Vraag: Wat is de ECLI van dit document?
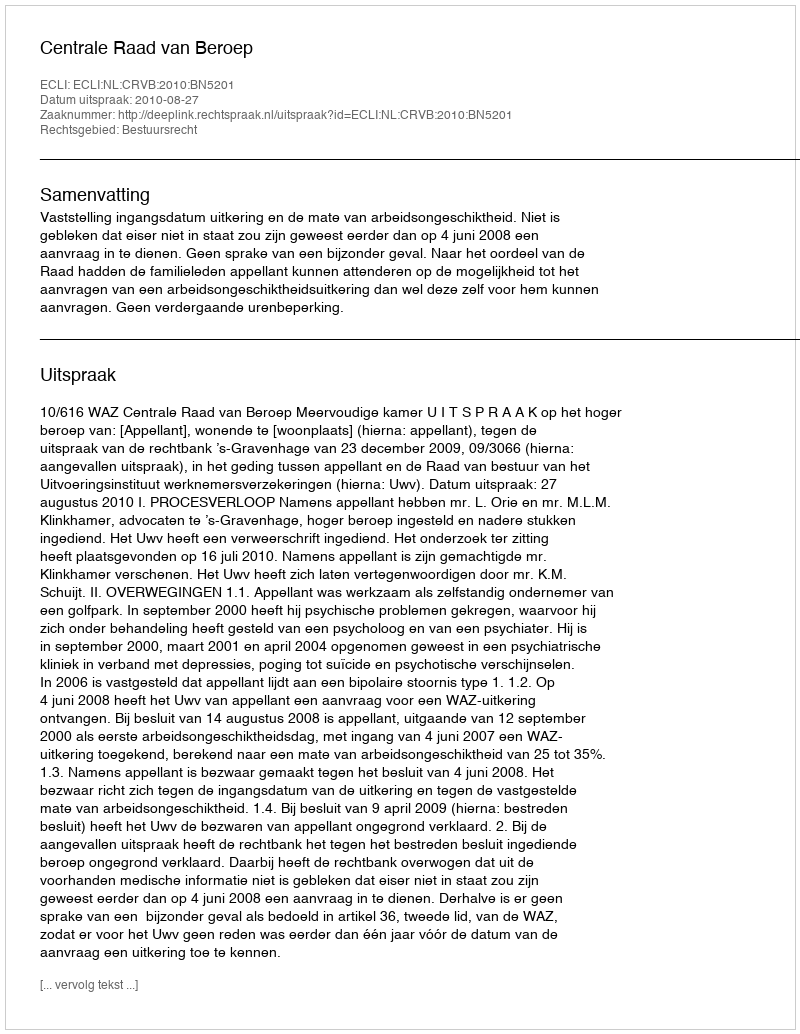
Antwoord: ECLI:NL:CRVB:2010:BN5201